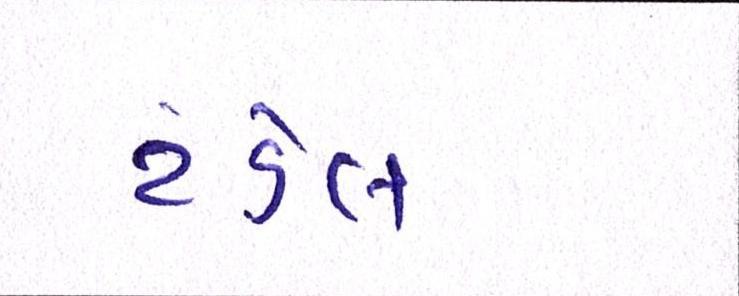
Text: ટંડેલ